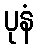
ပုနံ